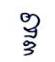
ឌ្ឌ